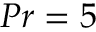
P r = 5